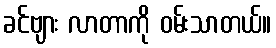
ခင်ဗျား လာတာကို ဝမ်းသာတယ်။